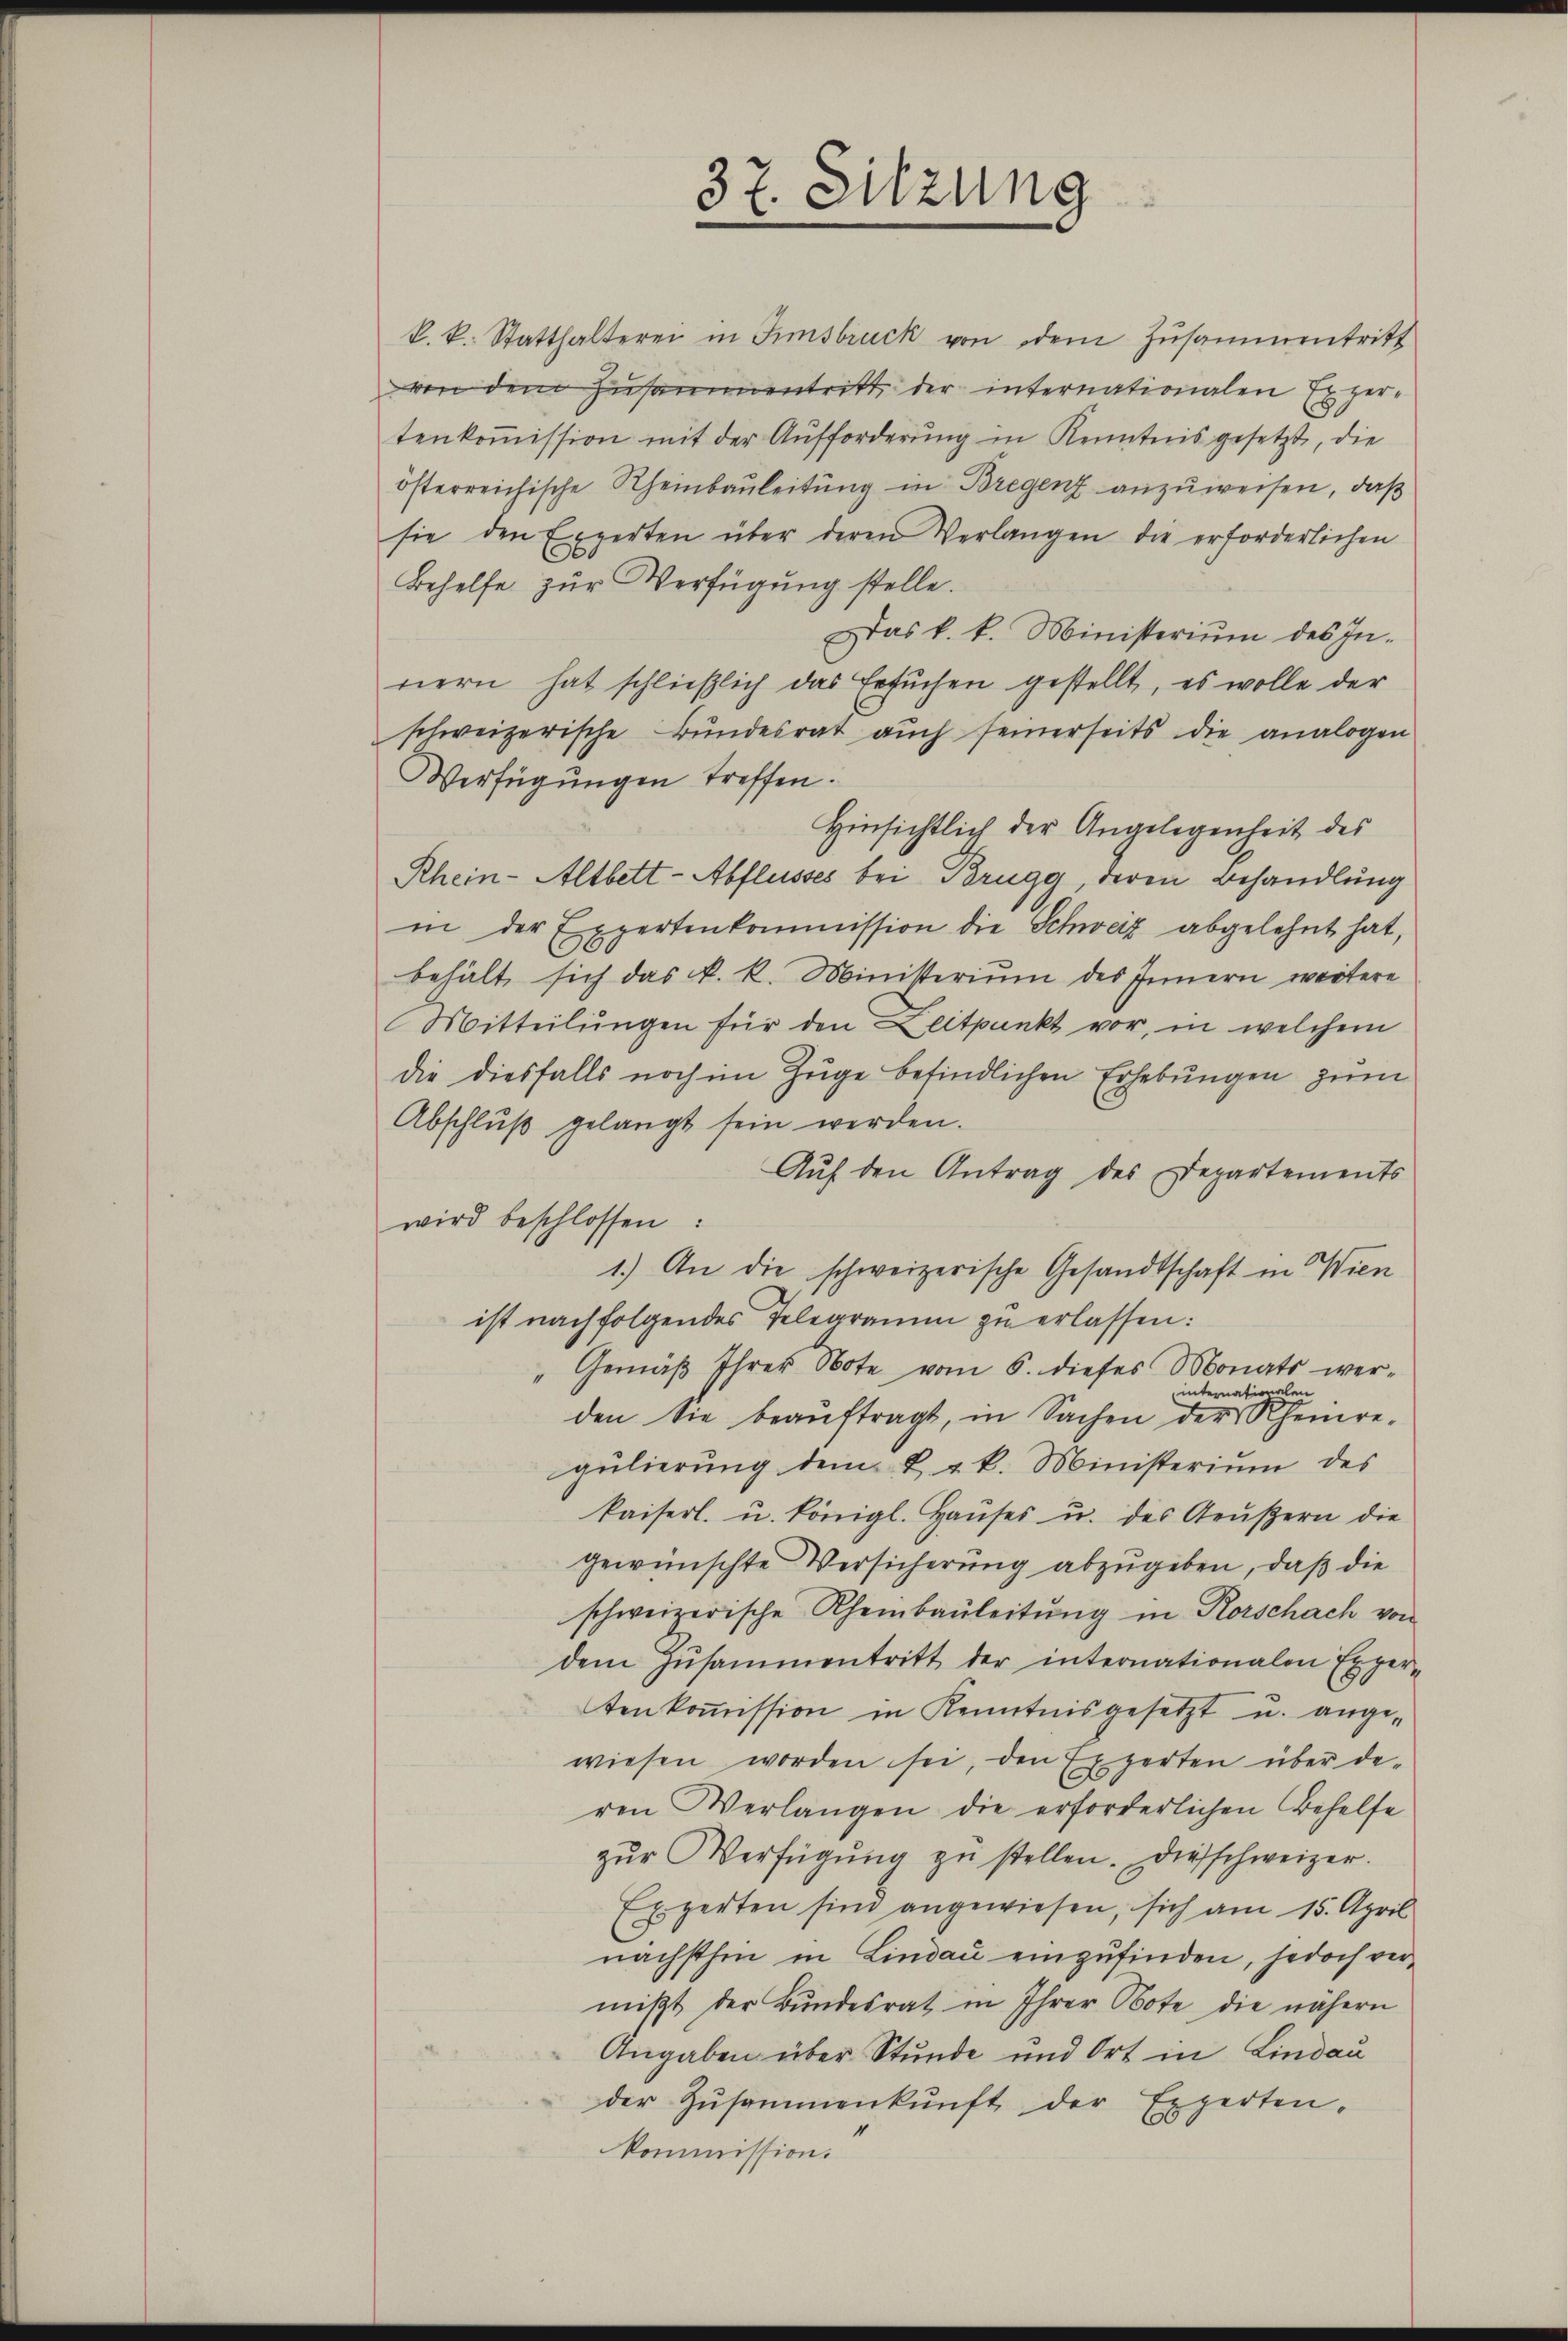
37. Sitzung

k. k. Statthalterei in Insbruck von dem Zusammentritt
von dem Zusammentritt der internationalen Expertenkoṁission mit der Aufforderung in Kenntnis gesetzt, die
österreichische Rheinbauleitung in Bregenz anzuweisen, daß
sie den Experten über deren Verlangen die erforderlichen
Behelfe zur Verfügung stelle.
Das k. k. Ministerium des In-
nern hat schließlich das Ersuchen gestellt, es wolle der
schweizerische Bundesrat auch seinerseits die analogen
Verfügungen treffen.
Hinsichtlich der Angelegenheit des
Rhein-Altbett-Abflusses bei Brugg, deren Behandlung
in der Expertenkommission die Schweiz abgelehnt hat,
behält sich das k. k. Ministerium des Innern weitere
Mitteilŭngen für den Zeitpunkt vor, in welchem
die diesfalls noch im Zuge befindlichen Erhebungen zum
Abschluß gelangt sein werden.
Aŭf den Antrag des Departements
wird beschlossen:
1.) An die schweizerische Gesandtschaft in Wien
ist nachfolgendes Telegramm zu erlassen:
Gemäβ Ihrer Note vom 6. dieses Monats wer-
internationalen
den Sie beaŭftragt, in Sachen der Rheinre-
gulierung dem k. k. Ministerium des
kaiserl. u. königl. Haŭses u. des Aeußern die
gewünschte Versicherung abzugeben, daß die
schweizerische Rheinbauleitŭng in Rorschach von
dem Zusammentritt der internationalen Exper-
tenkoṁission in Kenntnisgesetzt u. angewiesen worden sei, den Experten über deren Verlangen die erforderlichen Behelfe
zŭr Verfügŭng zŭ stellen. Diesschweizer.
Experten sind angewiesen, sich am 15. April
nächsthen in Lindau einzufinden, jedoch vermiβt der Bŭndesrat in Ihrer Note die nähern
Angaben über Stunde und Ort in Lindau
der Zŭsammenkunft der Experten-
kommission.